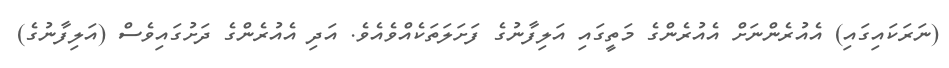
(ނަރަކައިގައި) އެއުރެންނަށް އެއުރެންގެ މަތީގައި އަލިފާނުގެ ފަށަލަތަކެއްވެއެވެ. އަދި އެއުރެންގެ ދަށުގައިވެސް (އަލިފާނުގެ)